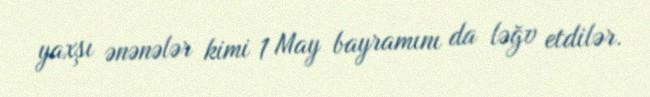
yaxşı ənənələr kimi 1 May bayramını da ləğv etdilər.